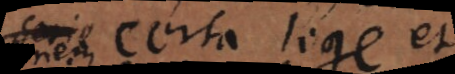
serie certa lege et